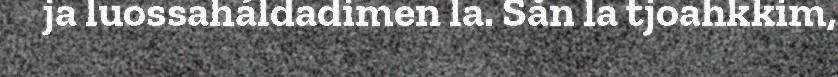
ja luossaháldadimen la. Sån la tjoahkkim,